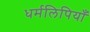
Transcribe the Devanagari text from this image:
धर्मलिपियाँ